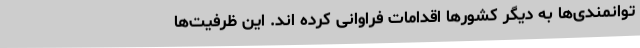
توانمندی‌ها به دیگر کشورها اقدامات فراوانی کرده اند. این ظرفیت‌ها